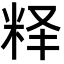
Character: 𬖘